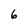
Character: 6